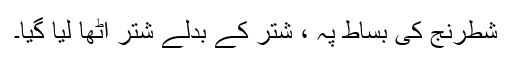
شطرنج کی بساط پہ ، شتر کے بدلے شتر اٹھا لیا گیا۔